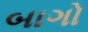
બાગો